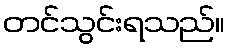
တင်သွင်းရသည်။